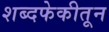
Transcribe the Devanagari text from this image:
शब्दफेकीतून